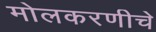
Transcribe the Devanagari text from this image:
मोलकरणीचे